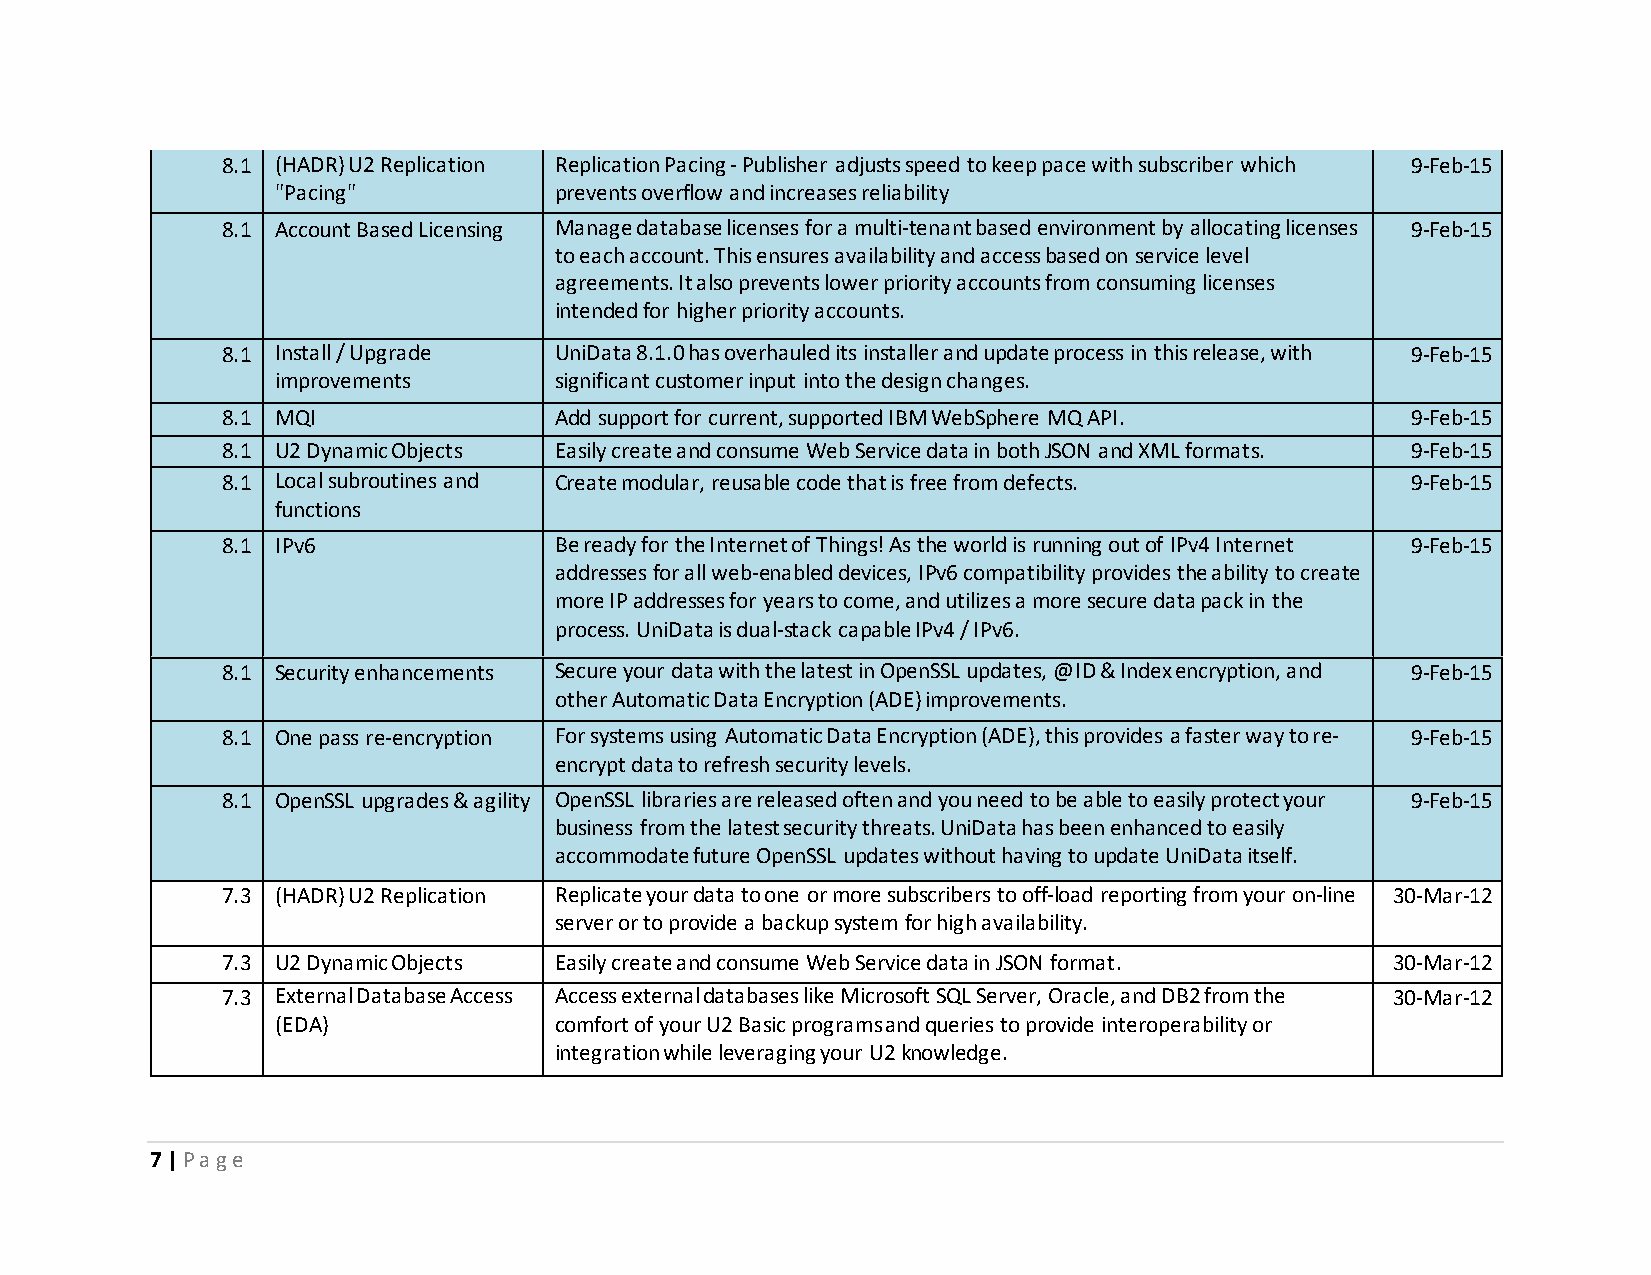
8.1 (HADR) U2 Replication Replication Pacing - Publisher adjusts speed to keep pace with subscriber which 9-Feb-15
 "Pacing"           prevents overflow and increases reliability
 8.1 Account Based Licensing Manage database licenses for a multi-tenant based environment by allocating licenses 9-Feb-15
 to each account. This ensures availability and access based on service level
 agreements. It also prevents lower priority accounts from consuming licenses
 intended for higher priority accounts.
 8.1 Install / Upgrade UniData 8.1.0 has overhauled its installer and update process in this release, with 9-Feb-15
 improvements       significant customer input into the design changes.
 8.1 MQI               Add support for current, supported IBM WebSphere MQ API. 9-Feb-15
 8.1 U2 Dynamic Objects Easily create and consume Web Service data in both JSON and XML formats. 9-Feb-15
 8.1 Local subroutines and Create modular, reusable code that is free from defects. 9-Feb-15
 functions
 8.1 IPv6              Be ready for the Internet of Things! As the world is running out of IPv4 Internet 9-Feb-15
 addresses for all web-enabled devices, IPv6 compatibility provides the ability to create
 more IP addresses for years to come, and utilizes a more secure data pack in the
 process. UniData is dual-stack capable IPv4 / IPv6.
 8.1 Security enhancements Secure your data with the latest in OpenSSL updates, @ID & Index encryption, and 9-Feb-15
 other Automatic Data Encryption (ADE) improvements.
 8.1 One pass re-encryption For systems using Automatic Data Encryption (ADE), this provides a faster way to re- 9-Feb-15
 encrypt data to refresh security levels.
 8.1 OpenSSL upgrades & agility OpenSSL libraries are released often and you need to be able to easily protect your 9-Feb-15
 business from the latest security threats. UniData has been enhanced to easily
 accommodate future OpenSSL updates without having to update UniData itself.
 7.3 (HADR) U2 Replication Replicate your data to one or more subscribers to off-load reporting from your on-line 30-Mar-12
 server or to provide a backup system for high availability.
 7.3 U2 Dynamic Objects Easily create and consume Web Service data in JSON format. 30-Mar-12
 7.3 External Database Access Access external databases like Microsoft SQL Server, Oracle, and DB2 from the 30-Mar-12
 (EDA)              comfort of your U2 Basic programs and queries to provide interoperability or
 integration while leveraging your U2 knowledge.
 7 | P a g e